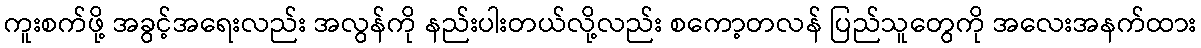
ကူးစက်ဖို့ အခွင့်အရေးလည်း အလွန်ကို နည်းပါးတယ်လို့လည်း စကော့တလန် ပြည်သူတွေကို အလေးအနက်ထား